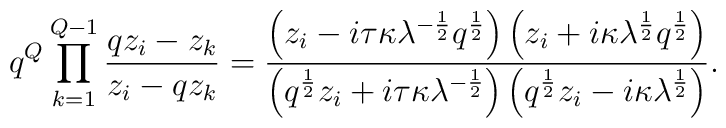
q^{Q}\prod_{k=1}^{Q-1}\frac{qz_i-z_k}{z_i-qz_k} = \frac{\left(z_i-i\tau\kappa \lambda^{-\frac{1}{2}}q^{\frac{1}{2}}\right) \left(z_i +i\kappa \lambda^{\frac{1}{2}}q^{\frac{1}{2}}\right)} {\left(q^{\frac{1}{2}}z_i+i\tau\kappa\lambda^{-\frac{1}{2}}\right) \left(q^{\frac{1}{2}}z_i-i\kappa\lambda^{\frac{1}{2}}\right)}.